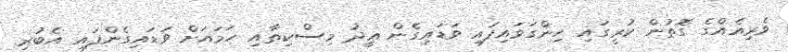
ވެރިއެއްގެ ގޮތުން ކުރީގައި ހިންގަވައިފައި ވަޑައިގެން ޢީދު މިސްކިތާއި ހަމައަށް ވަޑައިގެންފައި އެބުރި